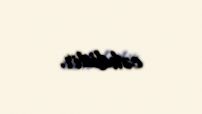
cəhdidir.